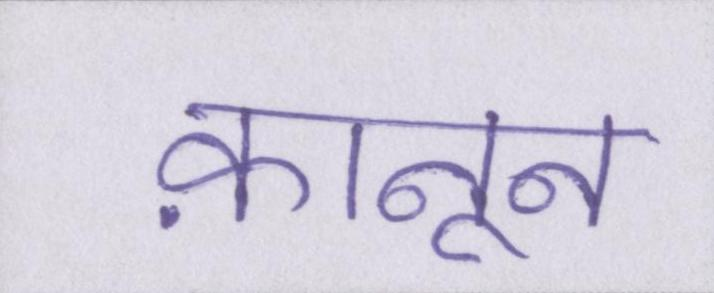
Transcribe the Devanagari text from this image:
क़ानून